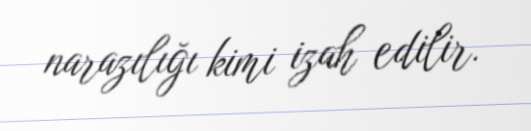
narazılığı kimi izah edilir.